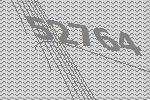
52764